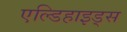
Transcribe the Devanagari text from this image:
एल्डिहाइड्स